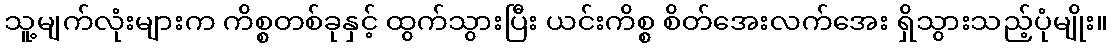
သူ့မျက်လုံးများက ကိစ္စတစ်ခုနှင့် ထွက်သွားပြီး ယင်းကိစ္စ စိတ်အေးလက်အေး ရှိသွားသည့်ပုံမျိုး။